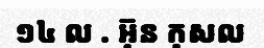
១៤ ល . អ៊ុន កុសល